Civil Veterinary Department Bengal reports 1923-33 - 1923-1933
Year: 1923
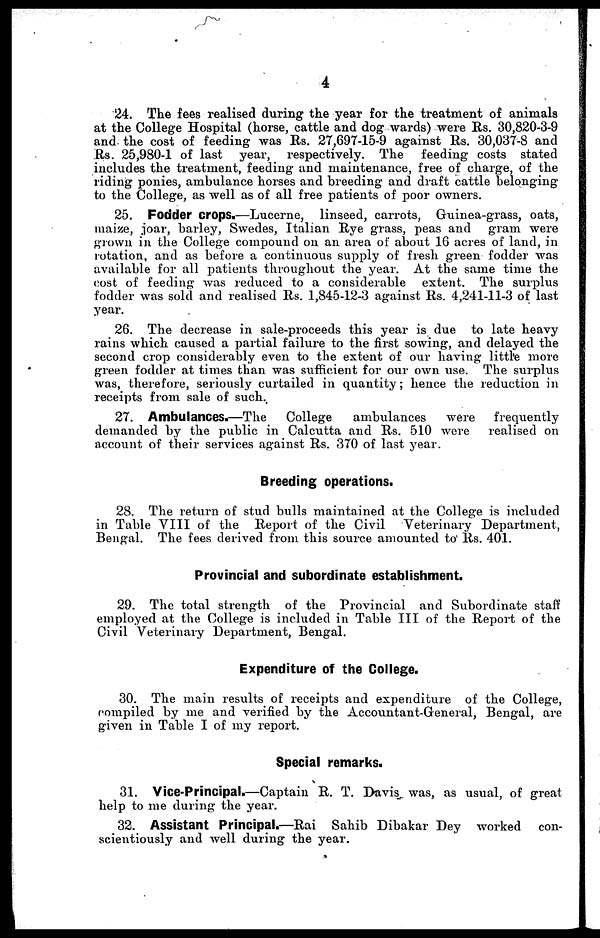
4
24. The fees realised during the year for the treatment of animals
at the College Hospital (horse, cattle and dog wards) were Rs. 30,820-3-9
and the cost of feeding was Rs. 27,697-15-9 against Rs. 30,037-8 and
Rs. 25,980-1 of last year, respectively. The feeding costs stated
includes the treatment, feeding and maintenance, free of charge, of the
riding ponies, ambulance horses and breeding and draft cattle belonging
to the College, as well as of all free patients of poor owners.
25. Fodder crops.—Lucerne, linseed, carrots, Guinea-grass, oats,
maize, joar, barley, Swedes, Italian Rye grass, peas and gram were
grown in the College compound on an area of about 16 acres of land, in
rotation, and as before a continuous supply of fresh green fodder was
available for all patients throughout the year. At the same time the
cost of feeding was reduced to a considerable extent. The surplus
fodder was sold and realised Rs. 1,845-12-3 against Rs. 4,241-11-3 of last
year.
26. The decrease in sale-proceeds this year is due to late heavy
rains which caused a partial failure to the first sowing, and delayed the
second crop considerably even to the extent of our having little more
green fodder at times than was sufficient for our own use. The surplus
was, therefore, seriously curtailed in quantity; hence the reduction in
receipts from sale of such.,
27. Ambulances.—The
College
ambulances
were
frequently
demanded by the public in Calcutta and Rs. 510 were
realised on
account of their services against Rs. 370 of last year.
Breeding operations.
28. The return of stud bulls maintained at the College is included
in Table VIII of the Report of the Civil Veterinary Department,
Bengal. The fees derived from this source amounted to Rs. 401.
Provincial and subordinate establishment.
29. The total strength of the Provincial and Subordinate staff
employed at the College is included in Table III of the Report of the
Civil Veterinary Department, Bengal.
Expenditure of the College.
30. The main results of receipts and expenditure of the College,
compiled by me and verified by the Accountant-General, Bengal, are
given in Table I of my report.
Special remarks.
31. Vice-Principal.—Captain R. T. Davis was, as usual, of great
help to me during the year.
32. Assistant Principal.—Rai Sahib Dibakar Dey worked con-
scientiously and well during the year.